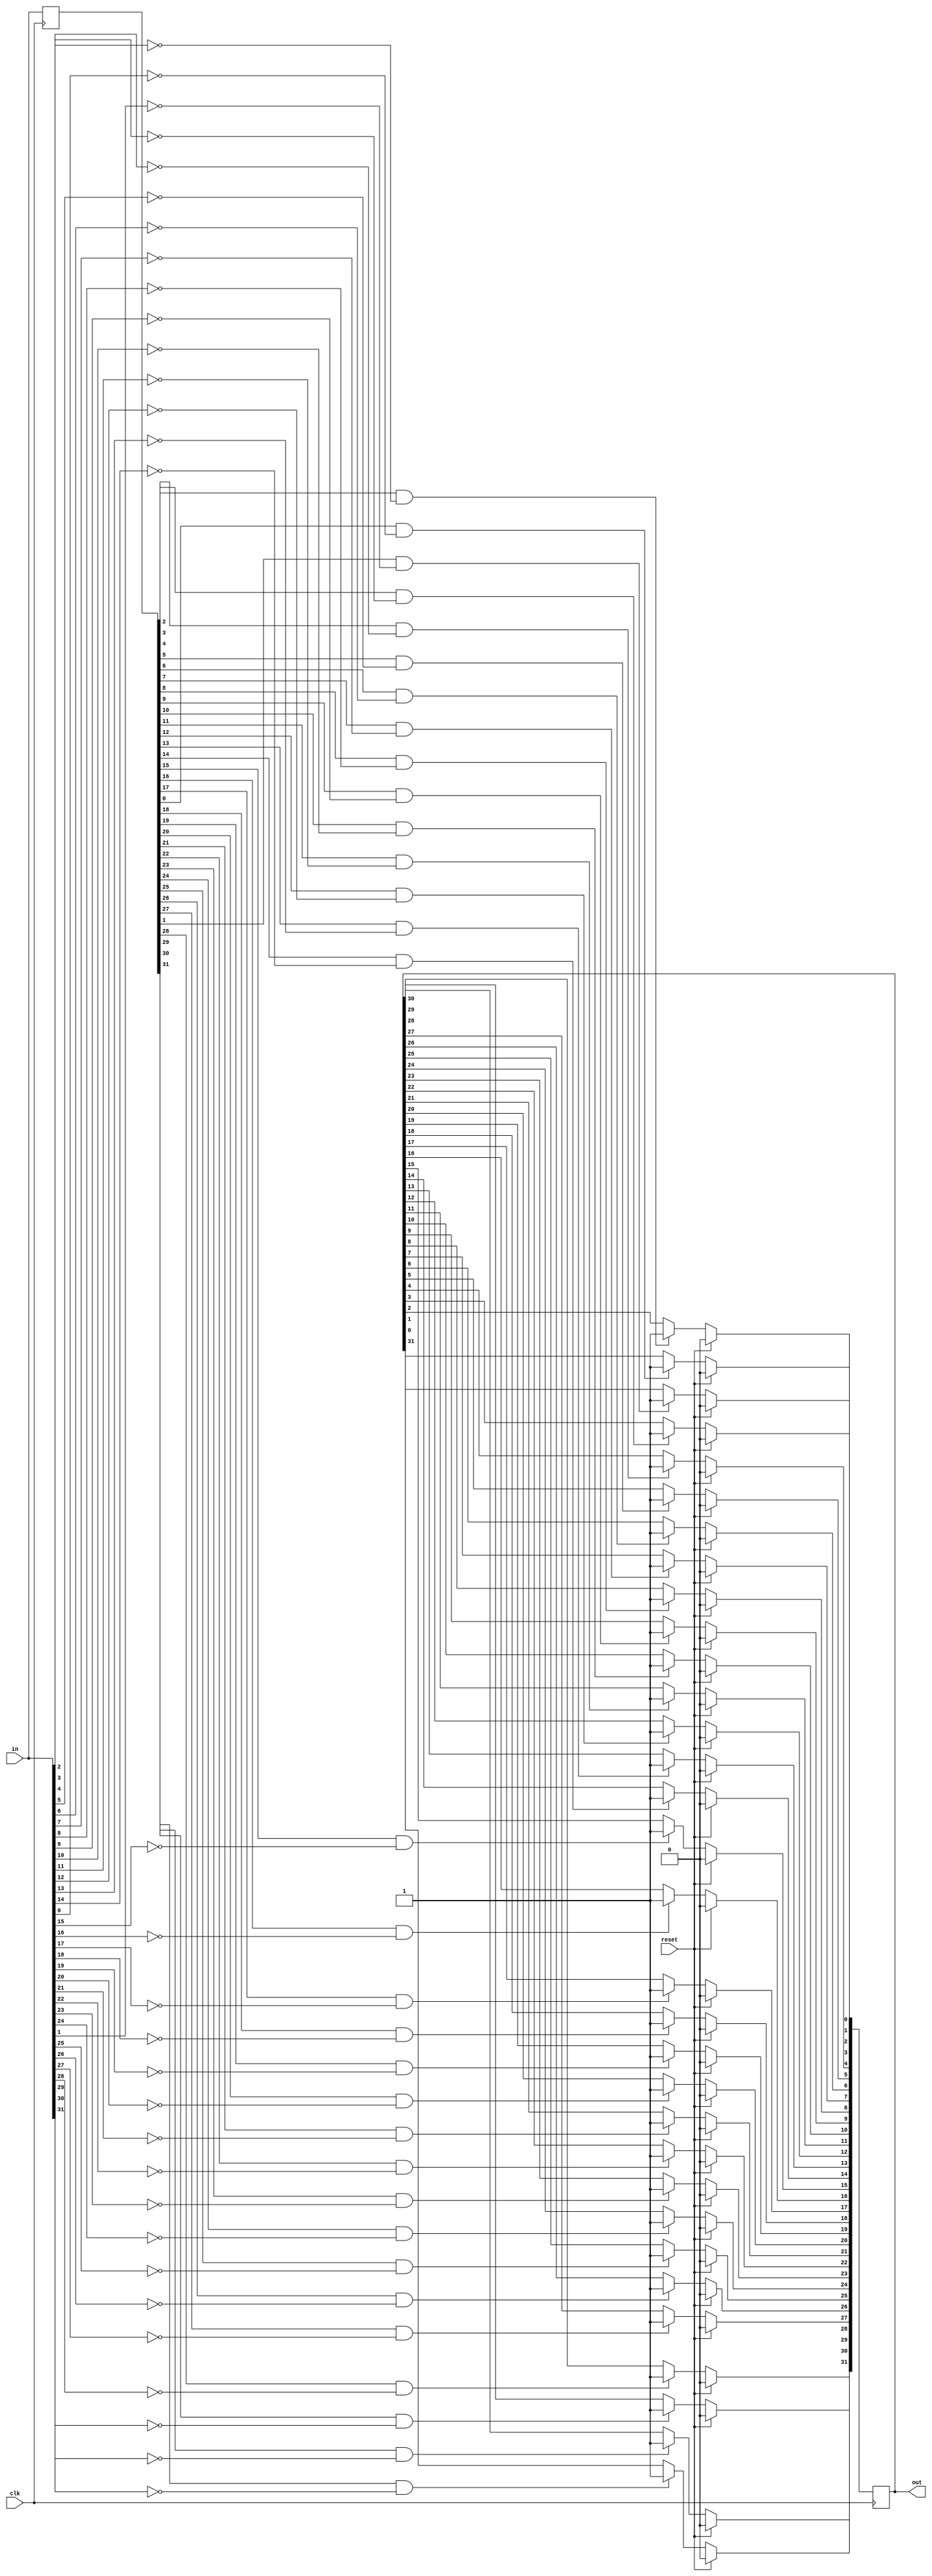
module top_module (
    input clk,
    input reset,
    input [31:0] in,
    output [31:0] out
);
    reg [31:0] in_old;
    initial in_old = 0;
    integer i;
    always @(posedge clk) begin
        if (!reset) begin
            for (i = 0; i < 32; i = i + 1) begin
                if (in_old[i] == 1 && in[i] == 0) begin
                    out[i] = 1;
                end
            end
        end
        else out = 0;
        in_old = in;
    end
    
endmodule